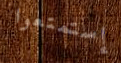
إستمتعوا